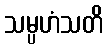
သမ္ပဟံသတိ